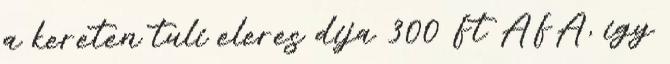
a kereten tuli eleres dija 300 Ft AFA, igy